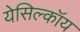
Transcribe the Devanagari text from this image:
येसिल्कॉय